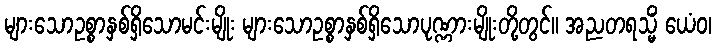
များသောဥစ္စာနှစ်ရှိသောမင်းမျိုး များသောဥစ္စာနှစ်ရှိသောပုဏ္ဏားမျိုးတို့တွင်။ အညတရသ္မိံ ယေံဝ၊